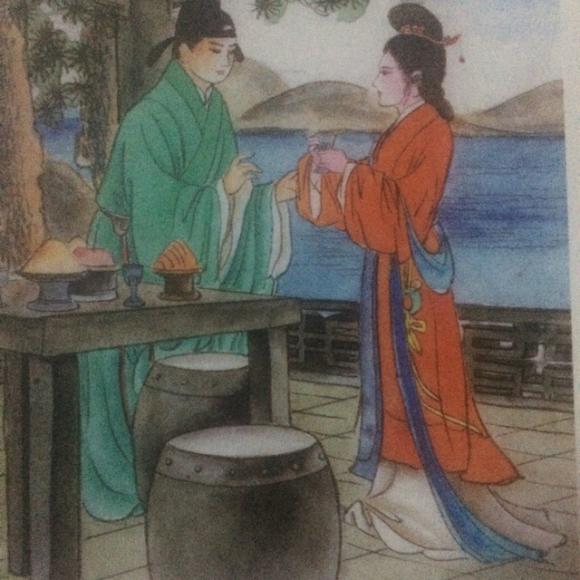
画船捶鼓催君去。高楼把酒留君住。